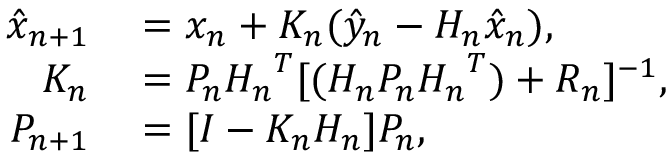
\begin{array} { r l } { \hat { x } _ { n + 1 } } & { { } = x _ { n } + K _ { n } ( \hat { y } _ { n } - H _ { n } \hat { x } _ { n } ) , } \\ { K _ { n } } & { { } = P _ { n } { H _ { n } } ^ { T } [ ( H _ { n } P _ { n } { H _ { n } } ^ { T } ) + R _ { n } ] ^ { - 1 } , } \\ { P _ { n + 1 } } & { { } = [ I - K _ { n } H _ { n } ] P _ { n } , } \end{array}